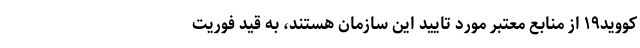
کووید۱۹ از منابع معتبر مورد تایید این سازمان هستند، به قید فوریت